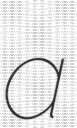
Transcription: a